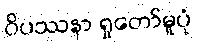
ဝိပဿနာ ရှုတော်မူပုံ